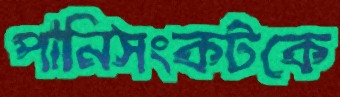
পানিসংকটকে